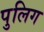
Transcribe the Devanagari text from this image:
पुलिग